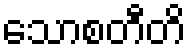
သောစတီတိ